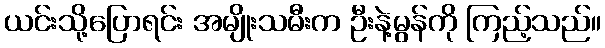
ယင်းသို့ပြောရင်း အမျိုးသမီးက ဦးနဲ့မွန်ကို ကြည့်သည်။